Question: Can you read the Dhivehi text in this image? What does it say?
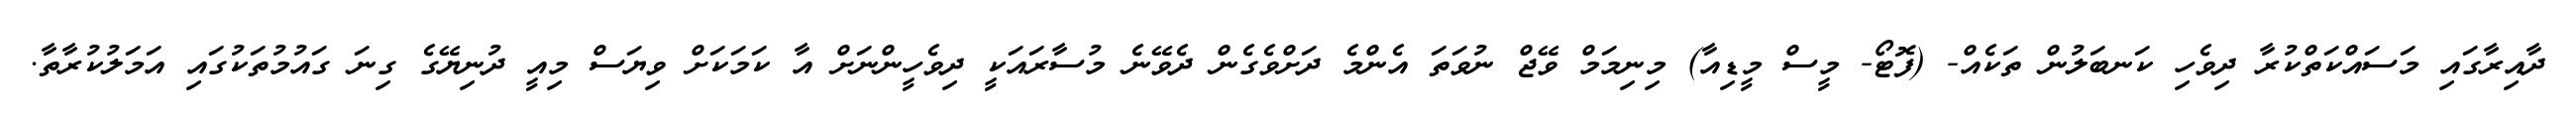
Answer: ދާއިރާގައި މަސައްކަތްކުރާ ދިވެހި ކަނބަލުން ތަކެއް- (ފޮޓޯ- މީސް މީޑިއާ) މިނިމަމް ވޭޖް ނުވަތަ އެންމެ ދަށްވެގެން ދެވޭނެ މުސާރައަކީ ދިވެހީންނަށް އާ ކަމަކަށް ވިޔަސް މިއީ ދުނިޔޭގެ ގިނަ ގައުމުތަކުގައި އަމަލުކުރާތާ.